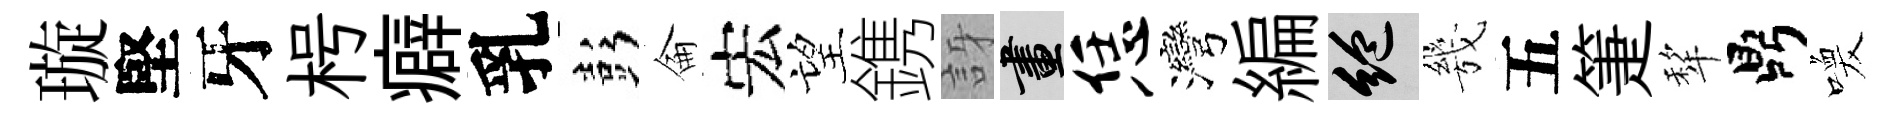
璇堅牙枵癖乳彭侖宏望鎸訝畫恁灣編絶㡬五箑犂鼎喚